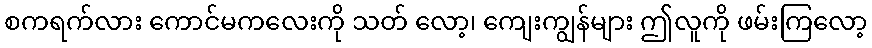
စကရက်လား ကောင်မကလေးကို သတ် လော့၊ ကျေးကျွန်များ ဤလူကို ဖမ်းကြလော့